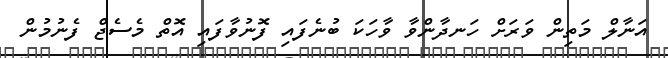
އަނާލް މަތިން ވަރަށް ހަނދާންވާ ވާހަކަ ބުނެފައި ފޮނުވާފައި އޮތް މެސެޖް ފެނުމުން